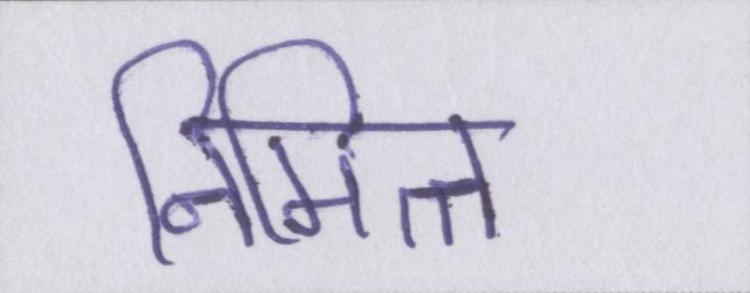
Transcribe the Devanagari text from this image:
निमित्त